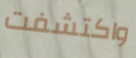
واكتشفت